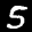
Label: 5